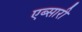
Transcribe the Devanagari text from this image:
एब्सारी